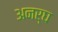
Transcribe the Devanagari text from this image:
अनर्घ